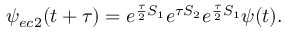
\psi _ { e c 2 } ( t + \tau ) = e ^ { \frac { \tau } { 2 } S _ { 1 } } e ^ { \tau S _ { 2 } } e ^ { \frac { \tau } { 2 } S _ { 1 } } \psi ( t ) .